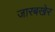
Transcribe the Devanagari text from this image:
जारबखेर